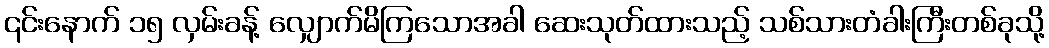
၎င်းနောက် ၁၅ လှမ်းခန့် လျှောက်မိကြသောအခါ ဆေးသုတ်ထားသည့် သစ်သားတံခါးကြီးတစ်ခုသို့